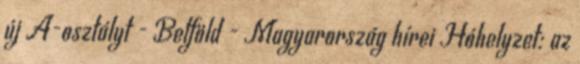
új A-osztályt - Belföld - Magyarország hírei Hóhelyzet: az